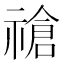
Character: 𫀞